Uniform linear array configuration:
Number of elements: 64
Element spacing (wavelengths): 0.25
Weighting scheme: kaiser
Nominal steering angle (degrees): -60
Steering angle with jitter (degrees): -60.364
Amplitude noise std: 0.05
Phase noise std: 0.05

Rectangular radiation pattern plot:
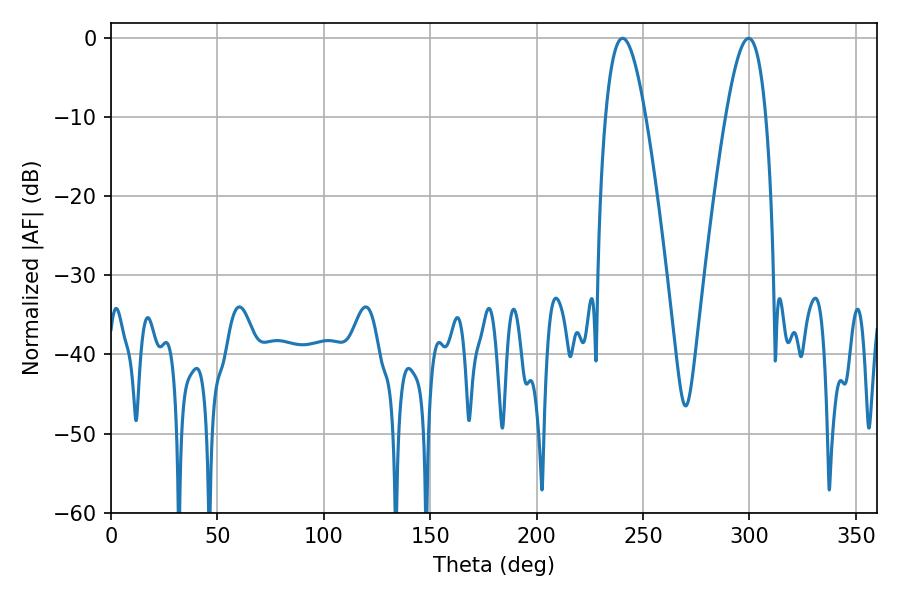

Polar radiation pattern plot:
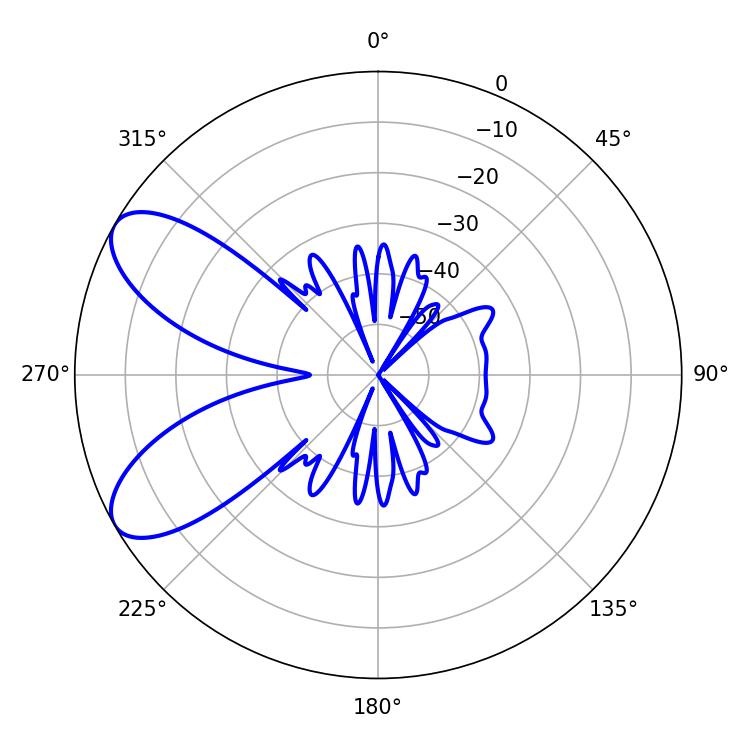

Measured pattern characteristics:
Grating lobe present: FALSE
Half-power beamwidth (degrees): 10.26
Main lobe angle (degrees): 240.3